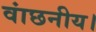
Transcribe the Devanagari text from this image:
वांछनीय।